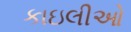
કાઇલીઓ